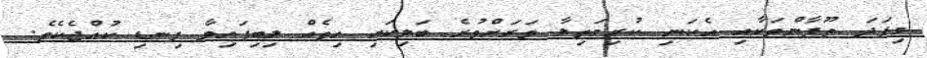
މިފަދަ ތޫފާންތަކާއި އެކަނި ކުރިމަތިލާ ވަރަށްވުރެ ބަލިކަށި ހިތެއް ލިބިފައިވާ ފިނޑި ކުއްޖެކެވެ.